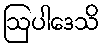
ဩပါဒေသိ